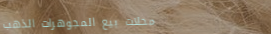
محلات بيع المجوهرات الذهب